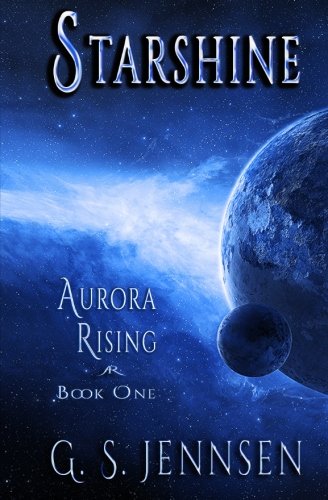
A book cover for Starshine: Aurora Rising: Book One (Volume 1); G. S. Jennsen; Science Fiction & Fantasy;